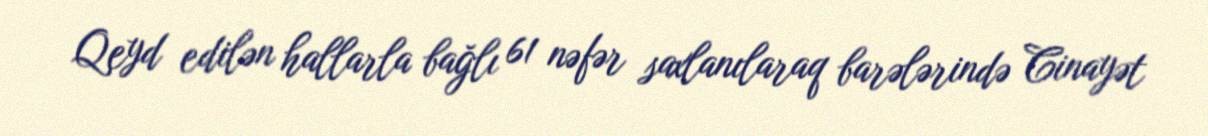
Qeyd edilən hallarla bağlı 61 nəfər saxlanılaraq barələrində Cinayət